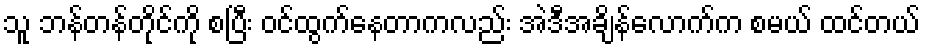
သူ ဘန်တန်တိုင်ကို စပြီး ဝင်ထွက်နေတာကလည်း အဲဒီအချိန်လောက်က စမယ် ထင်တယ်